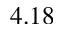
4 . 1 8